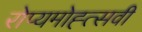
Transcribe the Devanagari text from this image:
रोप्यमोह्त्सवी